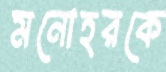
মনোহরকে